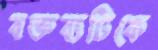
বক্তব্যটিকে